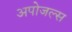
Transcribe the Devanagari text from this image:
अपोजल्स